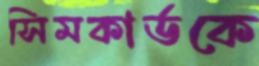
সিমকার্ডকে